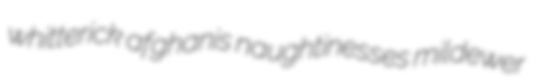
whitterick afghanis naughtinesses mildewer